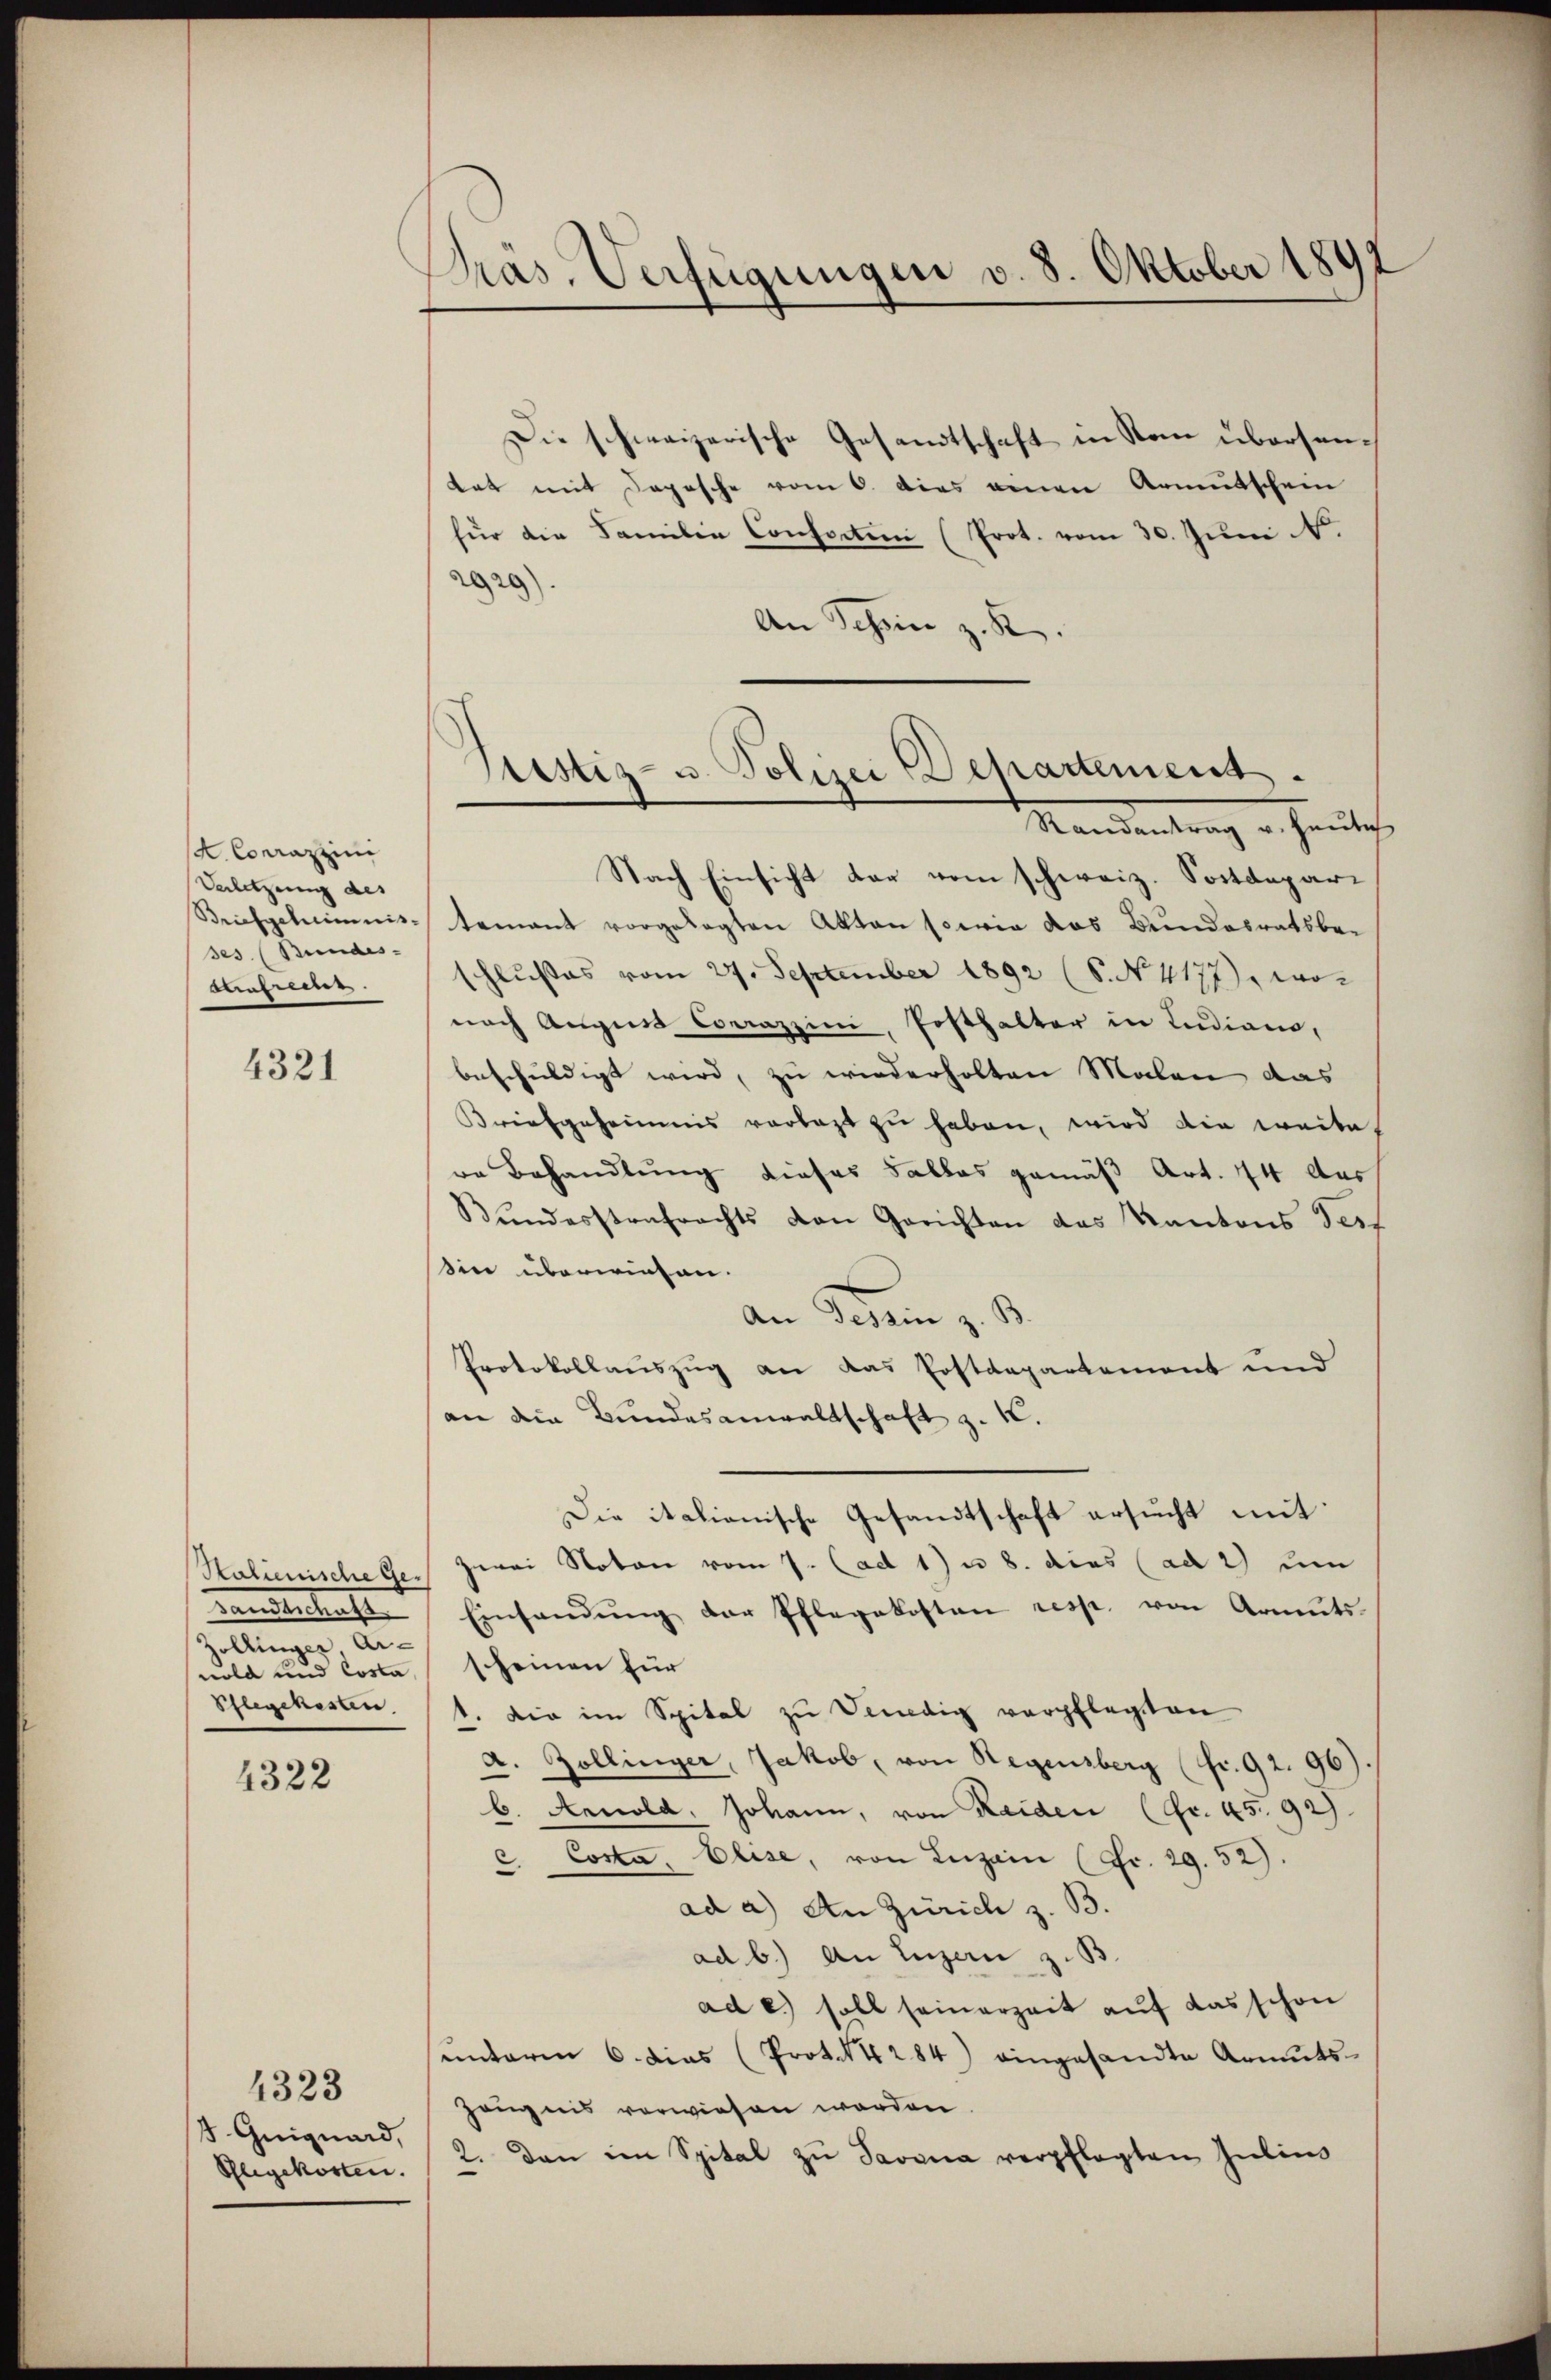
K. Conrazzini
Verletzung des
ses. (Bundes- |
Aunfreier.

4321

Stalienische Ge¬
Zollinger Ar¬
Schlegekosten.

4322

4323
J. Guiguard,
Pflegekosten.

Präs. Verfügungen v. 8. Oktober 1891

Die schweizerische Gesandtschaft in Son übersentat mit Depesche vom 6. dies einen Armutschein
für die Familie Consortion (Prot. vom 30. Jŭni N.
2020
An Schein z. K.
Nach Einsicht dar vom schweiz. Postdepari
Briefschinis-Namant vorgelegten Akten sowie das Bundesratsbeschlußes vom 27. September 1892 (S. N. 4177), wonach Augens Conrazzini, Posthalter in Indians,
beschuldigt wird, zu wiederholten Malen das
Briefgeheimnis vorlegt zu haben, wird die weite
re Behandlung dieses Falles gemäß Art. 74 Aus
Bŭndesstrafrechts von Gerichten des Kantons Test
in überwiesen.
An Gedein z. B.
Protokollauszug an das Postdepartement und
an die Bundesanwaltschaft z. K.
Die italionische Gesandtschaft ersucht mit:
zwei Noton vom 7. (act 1) u. 8. dies (ad 2) um
sandtschaft. Einsandŭng der Pflegekosten resp. von Armuts
nold und Costa, scheinen für
1. Die im Spital zu Vendig verpflegten
A. Zollinger, Jakob, von Regensberg (fr. 92. 96).
b. Arnold, Johann, von Raiden (Gr. 45. 92).
c Costa, Elise, von Luzain (Fr. 29. 52).
ad a.) An Zürich z. B.
ad b.) An Luzern z. B.
ad e.) soll seinerzeit auf das schon
unteren 6. dies (Prot. 284) eingesandte Armuts-
Zeugnis verwiesen worden.
2. Dann im Spital zŭ Javana verpflegten Julius

Justiz- u. Polizei Departement.
Randentrag u. heutes